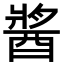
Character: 𨡓